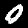
Digit: 0